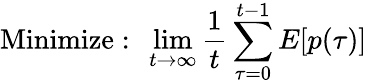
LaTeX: {\mathrm{Minimize:~}}\operatorname*{lim}_{t\rightarrow\infty}{\frac{1}{t}}\sum_{\tau=0}^{t-1}E[p(\tau)]